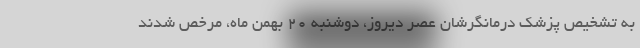
به تشخیص پزشک درمانگرشان عصر دیروز، دوشنبه 20 بهمن ماه، مرخص شدند